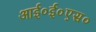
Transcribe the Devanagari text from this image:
आई०ई०एस०